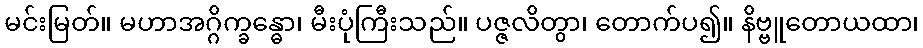
မင်းမြတ်။ မဟာအဂ္ဂိက္ခန္ဓော၊ မီးပုံကြီးသည်။ ပဇ္ဇလိတွာ၊ တောက်ပ၍။ နိဗ္ဗူတောယထာ၊